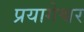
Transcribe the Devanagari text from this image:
प्रयागेश्वर